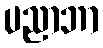
ပညာဘာ